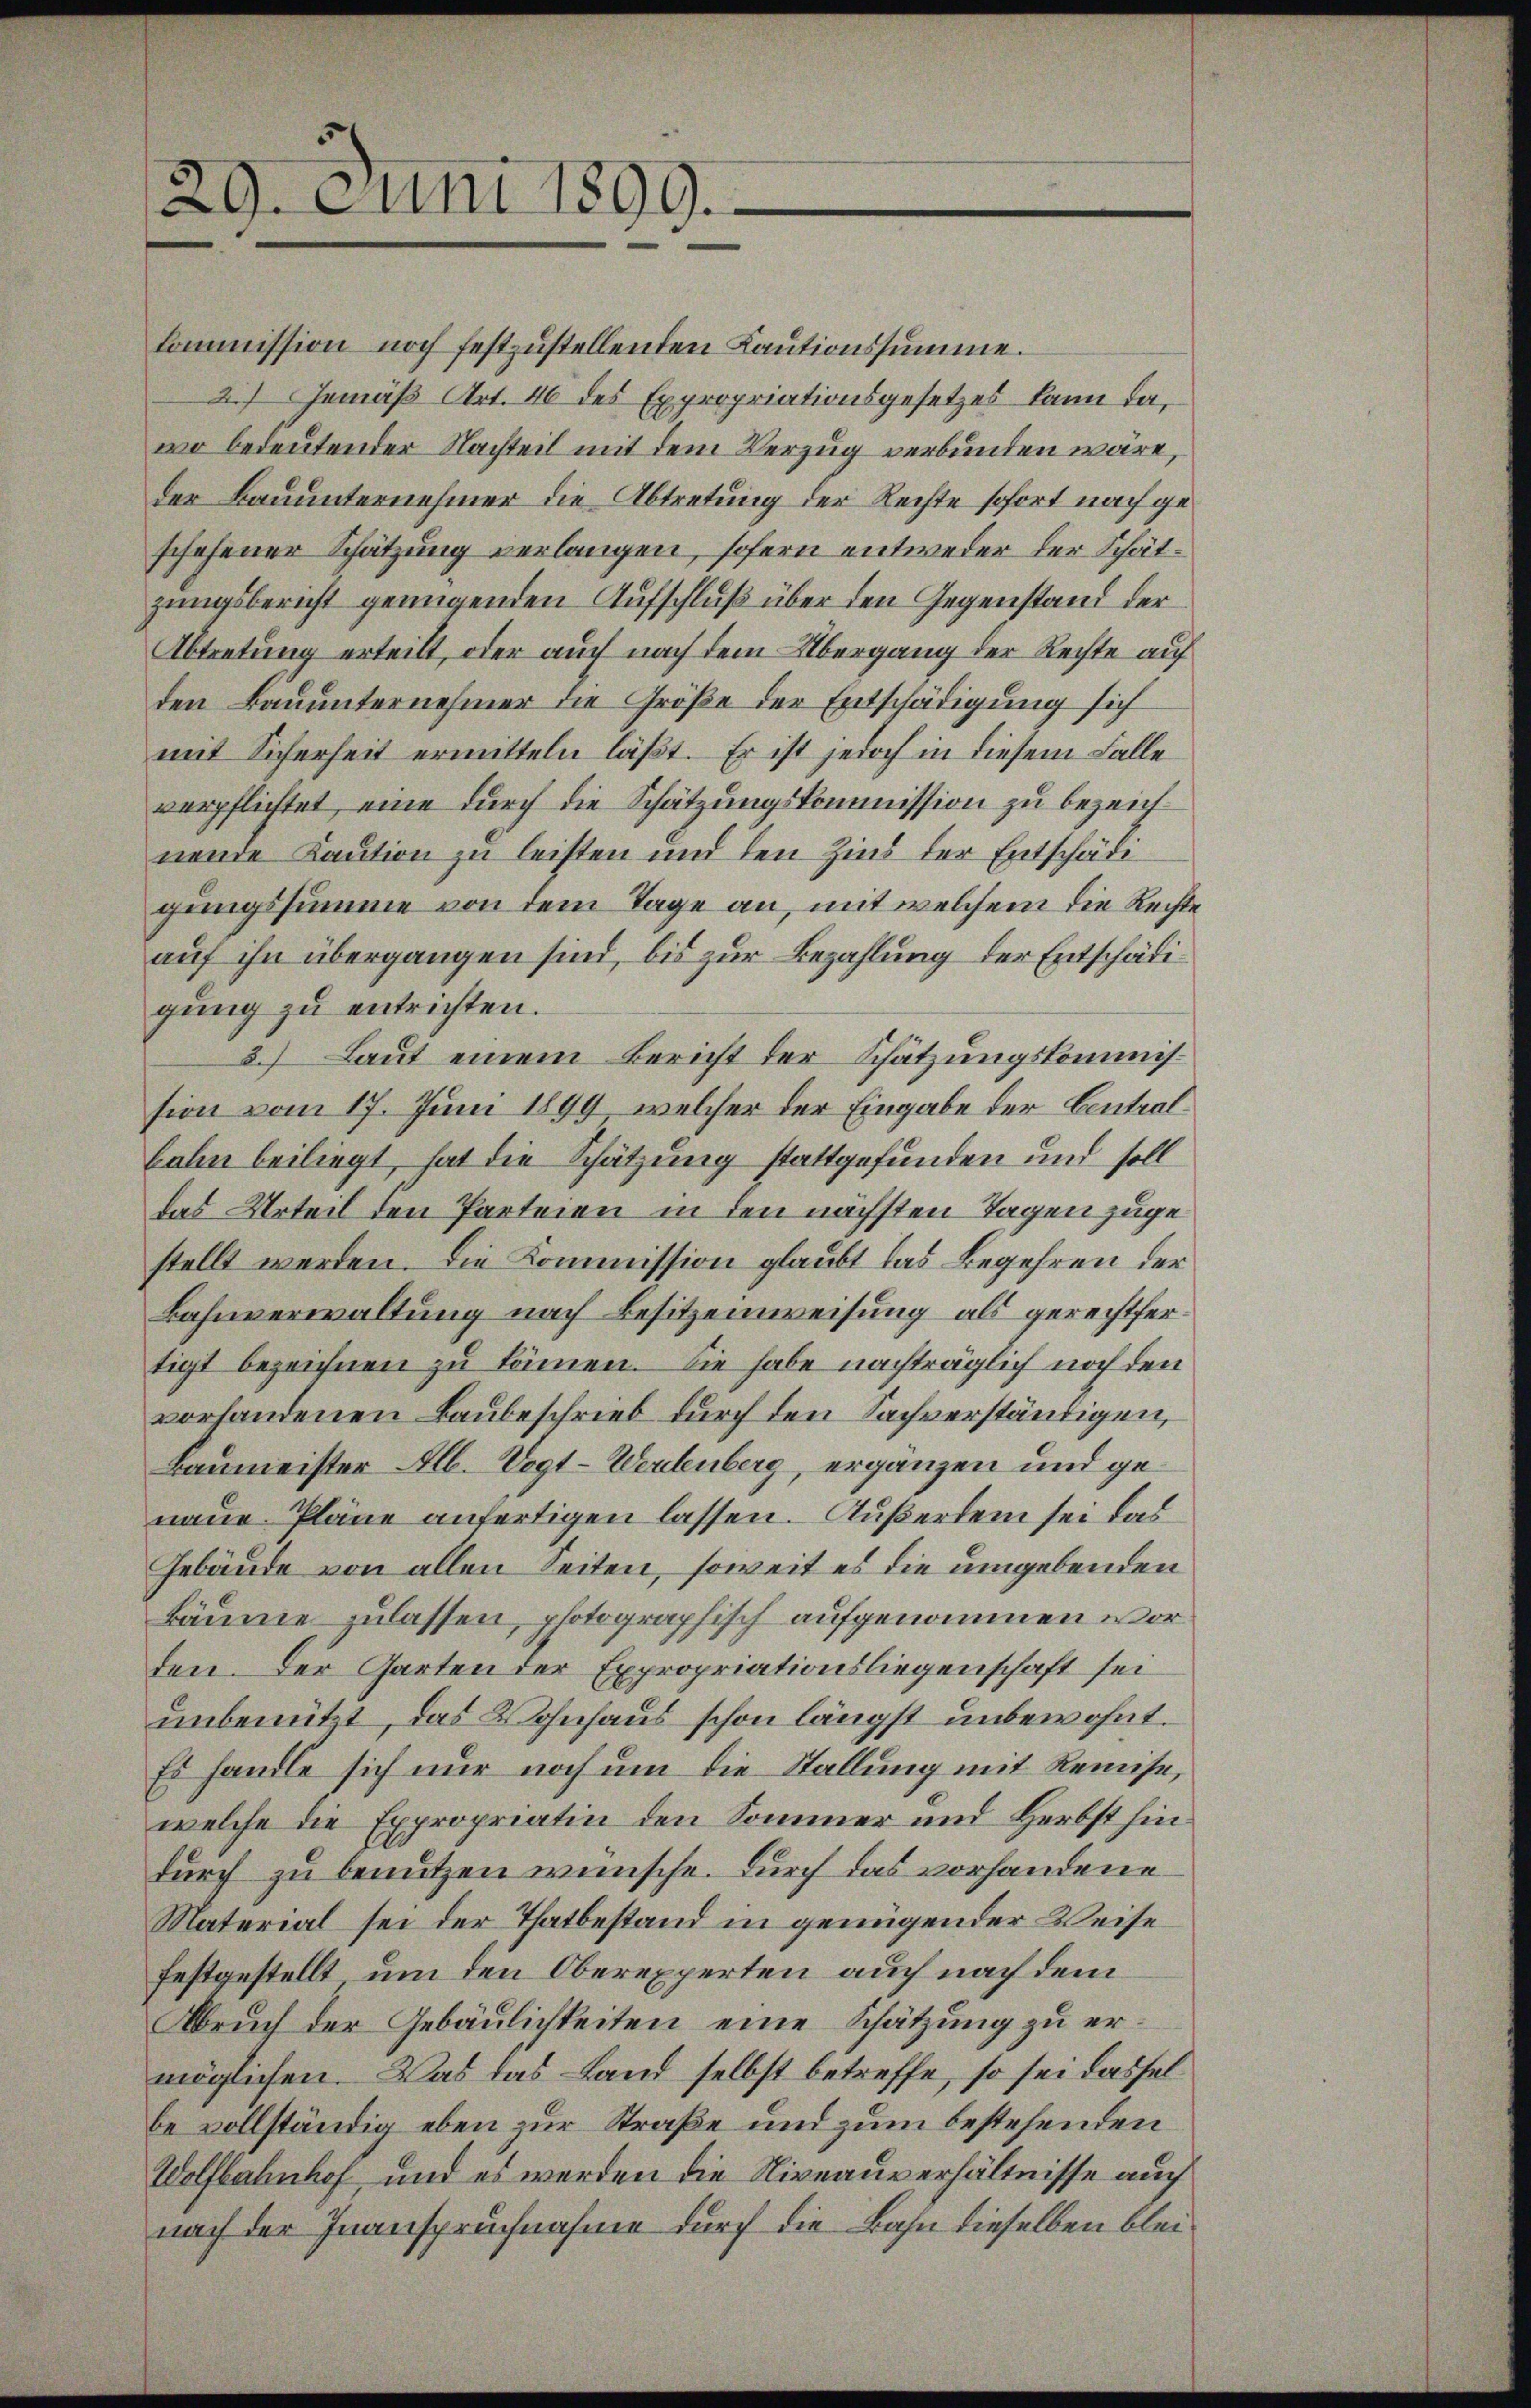
29. Juni 1899.

kommission noch festzustellenden Kautionssumme.
) Gemäß Art. 46 des Expropriationsgesetzes kann dawo bedeutender Nachteil mit dem Verzug verbunden wäre,
der Bauunternehmer die Abtretung der Rechte sofort nach geschehener Schätzung verlangen, sofern entweder der Schätzungsbericht genügenden Aufschluß über den Gegenstand der
Abtretung erteilt, oder auch nach dem Übergang der Rechte auf
den Bauunternehmer die Größe der Entschädigung sich
mit Sicherheit ermitteln läßt. Er ist jedoch in diesem Falle
verpflichtet, eine durch die Schätzungskommission zu bezeichneure Kaution zu leisten und den Zins der Entschädigungssumme von dem Tage an, mit welchem die Rechtauf ihn übergangen sind, bis zur Bezahlung der Entschädigung zu entrichten.
3.) Laut einem Bericht der Schätzungskommission vom 17. Juni 1899, welcher der Eingabe der Centralbahn beiliegt, hat die Schätzung stattgefunden und soll
das Urteil den Parteien in den nächsten Tagen zugestellt werden. Die Kommission glaubt das Begehren der
Bahnverwaltung nach Besitzenweisung als gerechtfertigt bezeichnen zu können. Sie habe nachträglich noch den
vorhandenen Baubeschrieb durch den Sachverständigen,
Baumeister Alb. Vogt-Wertenberg, ergänzen und genaue Pläne anfertigen lassen. Außerdem sei das
Gebäude von allen Seiten, soweit es die umgebenden
Bäume zulassen, photographisch aufgenommen worden. Der Garten der Expropriationsliegenschaft sei
unbenützt, das Wohnhaus schon längst unbewohnt.
Es handle sich nur noch um die Stallung mit Remise,
welche die Expropriatin den Sommer und Herbst hindurch zu benutzen wünsche. Durch das vorhandene
Material sei der Thatbestand in genügender Weise
festgestellt, um den Oberexperten auch nach dem
Bbruch der Gebäulichkeiten eine Schätzung zu ermöglichen. Was das Land selbst betreffe, so sei dasselbe vollständig eben zur Straße und zum bestehenden
Wolfbahnhof, und es werden die Niveauverhältnisse auch
nach der Inanspruchnahme durch die Bahn dieselben blei¬